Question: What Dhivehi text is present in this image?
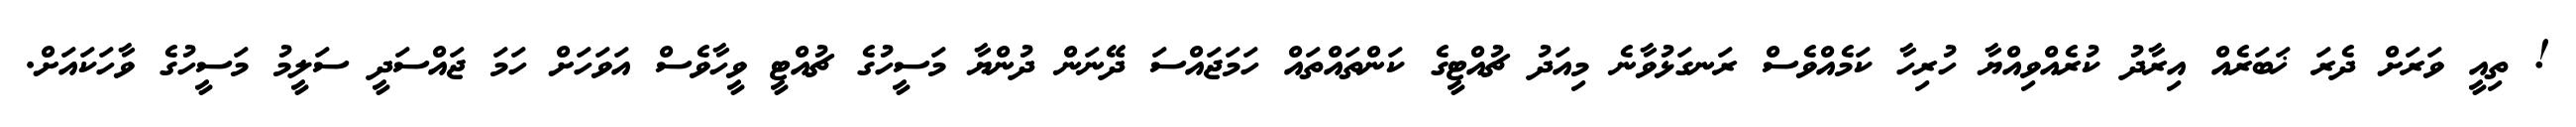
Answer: ! ތިއީ ވަރަށް ދެރަ ޚަބަރެއް އިރާދު ކުރެއްވިއްޔާ ހުރިހާ ކަމެއްވެސް ރަނގަޅުވާނެ މިއަދު ޗުއްޓީގެ ކަންތައްތައް ހަމަޖައްސަ ދޭނަން ދުންޔާ މަސީހުގެ ޗުއްޓީ ވީހާވެސް އަވަހަށް ހަމަ ޖައްސަދީ ސަލީމު މަސީހުގެ ވާހަކައަށް.